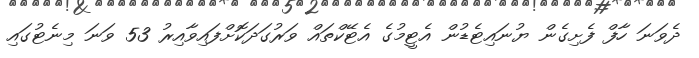
ދެވަނަ ހާފް ފެށިގެން ޔުނައިޓެޑުން އެޓީމުގެ އެޓޭކްތައް ވަރުގަދަކޮށްފައިވާއިރު 53 ވަނަ މިނެޓުގައި